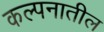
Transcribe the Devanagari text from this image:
कल्पनातील